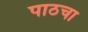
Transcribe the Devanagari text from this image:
पाठचा